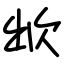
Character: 欪